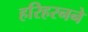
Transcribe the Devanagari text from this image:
हरिहरनने